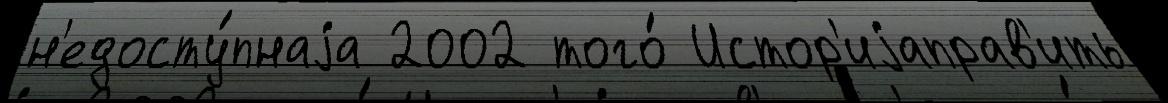
н'едосту́пнаjа 2002 того́ Истор'иjаправ'ить